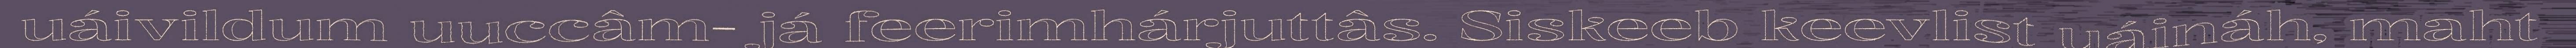
uáivildum uuccâm- já feerimhárjuttâs. Siskeeb keevlist uáináh, maht